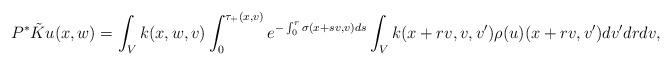
LaTeX: \begin{align*}P^*\tilde Ku(x,w)=\int_V k(x,w,v)\int_0^{\tau_+(x,v)} e^{-\int_0^r \sigma(x+sv,v)ds}\int_V k(x+rv,v,v')\rho(u)(x+rv,v')dv' dr dv,\end{align*}